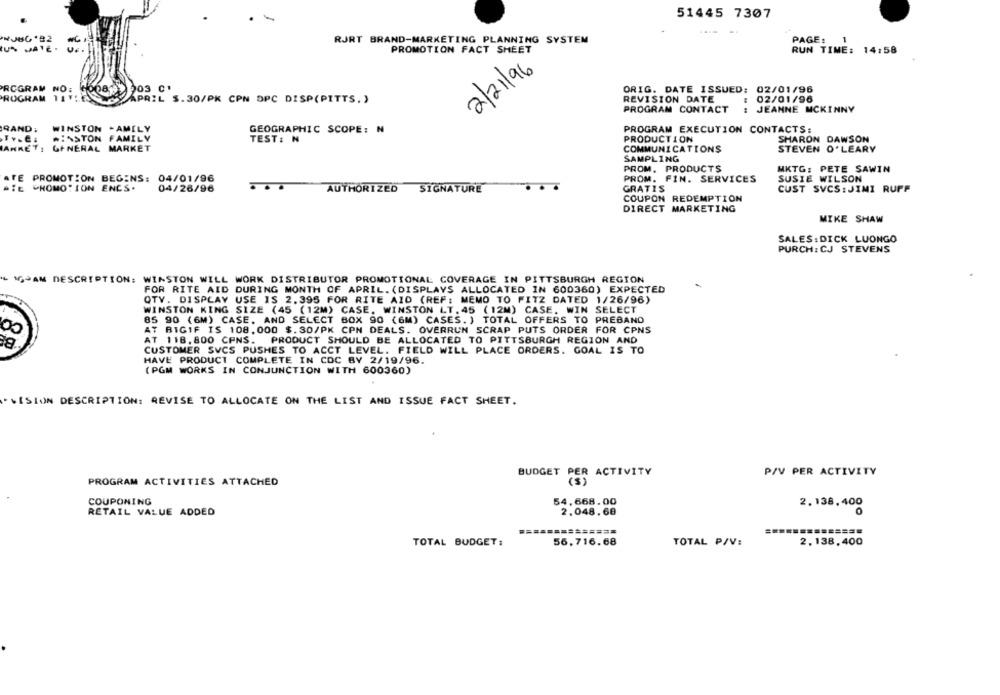
51445 7307
RJRT BRAND-MARKETING PLANNING SYSTEM
PAGE :
PROMOTION FACT SHEET
RUN TIME: 14:58
2/21/96
PROGRAM NO: 60081)
203 C'
ORIG. DATE ISSUED: 02/01/96
PROGRAM TITLE
WAY APRIL $.30/PK CPN OPC DISP(PITTS.)
REVISION DATE
02/01/96
PROGRAM CONTACT
JEANNE MCKINNY
SAND;
WINSTON - AMELY
GEOGRAPHIC SCOPE: N
PROGRAM EXECUTION CONTACTS:
WINSTON FAMILY
TEST: N
PRODUCTION
SHARON DAWSON
JAHRETI
GENERAL MARKET
COMMUNICATIONS
STEVEN O'LEARY
SAMPLING
PROM, PRODUCTS
MKTG: PETE SAWIN
ATE PROMOTION BEGINS: 04/01/96
PROM. FIN. SERVICES
SUSIE WILSON
DIE CHOMOTION ENCS.
04/26/96
GRATIS
CUST SVCS: JIMI RUPF
AUTHORIZED SIGNATURE
COUPON REDEMPTION
DIRECT MARKETING
MIKE SHAW
SALES: DICK LUONGO
PURCH: CJ STEVENS
L WJAM DESCRIPTION: WINSTON WILL WORK DISTRIBUTOR PROMOTIONAL COVERAGE IN PITTSBURGH REGION
FOR RITE AID DURING MONTH OF APRIL. (DISPLAYS ALLOCATED IN 600360) EXPECTED
QTV. DISPLAY USE IS 2.395 FOR RITE AID (REF: MEMO TO FITZ DATED 1/26/96)
WINSTON KING SIZE (45 (12M) CASE, WINSTON LT. 45 (12M) CASE. WIN SELECT
85 90 (6M) CASE, AND SELECT BOX 90 (GM) CASES. ) TOTAL OFFERS TO PREBAND
00
AT BIGIF IS 108.000 $.30/PK CPN DEALS. OVERRUN SCRAP PUTS ORDER FOR CPNS
AT 118.800 CPNS.
PRODUCT SHOULD BE ALLOCATED TO PITTSBURGH REGION AND
CUSTOMER SVCS PUSHES TO ACCT LEVEL. FIELD WILL PLACE ORDERS. GOAL IS TO
HAVE PRODUCT COMPLETE IN COC BY 2/19/96.
(PGM WORKS IN CONJUNCTION WITH 600360)
. VISION DESCRIPTION: REVISE TO ALLOCATE ON THE LIST AND ISSUE FACT SHEET.
P/V PER ACTIVITY
BUDGET PER ACTIVITY
PROGRAM ACTIVITIES ATTACHED
COUPONING
54,668.00
2.138,400
RETAIL VALUE ADDED
2.048.68
56.716. 68
TOTAL P/V:
2.138,400
TOTAL BUDGET: